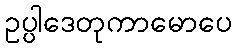
ဥပ္ပါဒေတုကာမောပေ